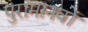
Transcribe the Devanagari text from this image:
पुरामानवों